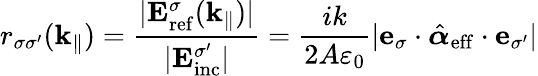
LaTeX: r_{\sigma\sigma^{\prime}}(\mathbf{k}_{\| })=\frac{|\mathbf{E}_{\mathrm{ref}}^{\sigma}(\mathbf{k}_{\| })|}{|\mathbf{E}_{\mathrm{inc}}^{\sigma^{\prime}}|}=\frac{ik}{2A\varepsilon_{0}}|\mathbf{e}_{\sigma}\cdot\hat{\boldsymbol{\alpha}}_{\mathrm{eff}}\cdot\mathbf{e}_{\sigma^{\prime}}|